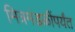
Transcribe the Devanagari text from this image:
मित्रमंडळींपर्यंत